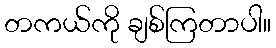
တကယ်ကို ချစ်ကြတာပါ။